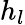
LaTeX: h_{l}